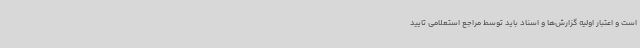
است و اعتبار اولیه گزارش‌ها و اسناد باید توسط مراجع استعلامی تایید